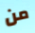
من